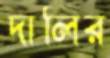
দালির